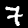
Label: 7